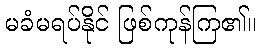
မခံမရပ်နိုင် ဖြစ်ကုန်ကြ၏။